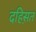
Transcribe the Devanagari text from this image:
दहिस़त